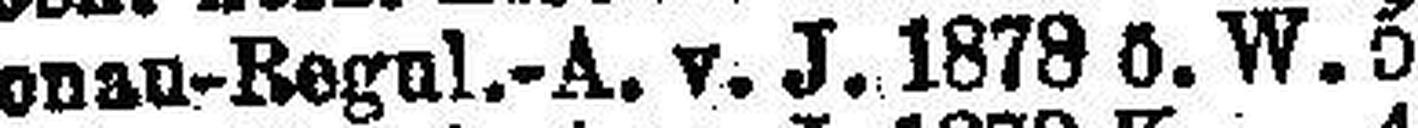
Donsu-Regul.-A. v. J. 1878 ö. W. 5